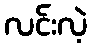
လင်းလဲ့